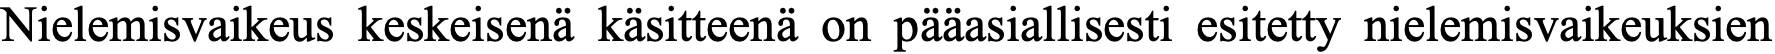
Nielemisvaikeus keskeisenä käsitteenä on pääasiallisesti esitetty nielemisvaikeuksien